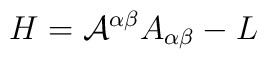
H= {\cal{A}}^{\alpha\beta} A_{\alpha\beta} - L